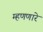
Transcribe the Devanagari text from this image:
म्हणणारे